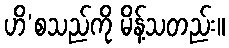
ဟိ’စသည်ကို မိန့်သတည်း။